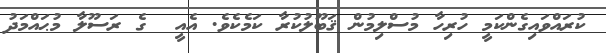
ކުރައްވައިގެންކަމީ ހުރިހާ މުސްލިމުން ޤަބޫލުކުރާ ކަމެކެވެ. އެއީ  ގެ ރަސޫލާ މުޙައްމަދު